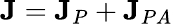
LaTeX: \textbf{J}=\textbf{J}_{P}+\textbf{J}_{PA}